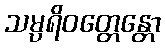
သမ္ပရိဝတ္တေန္တော